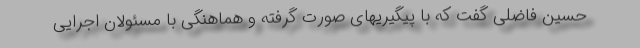
حسین فاضلی گفت که با پیگیریهای صورت گرفته و هماهنگی با مسئولان اجرایی